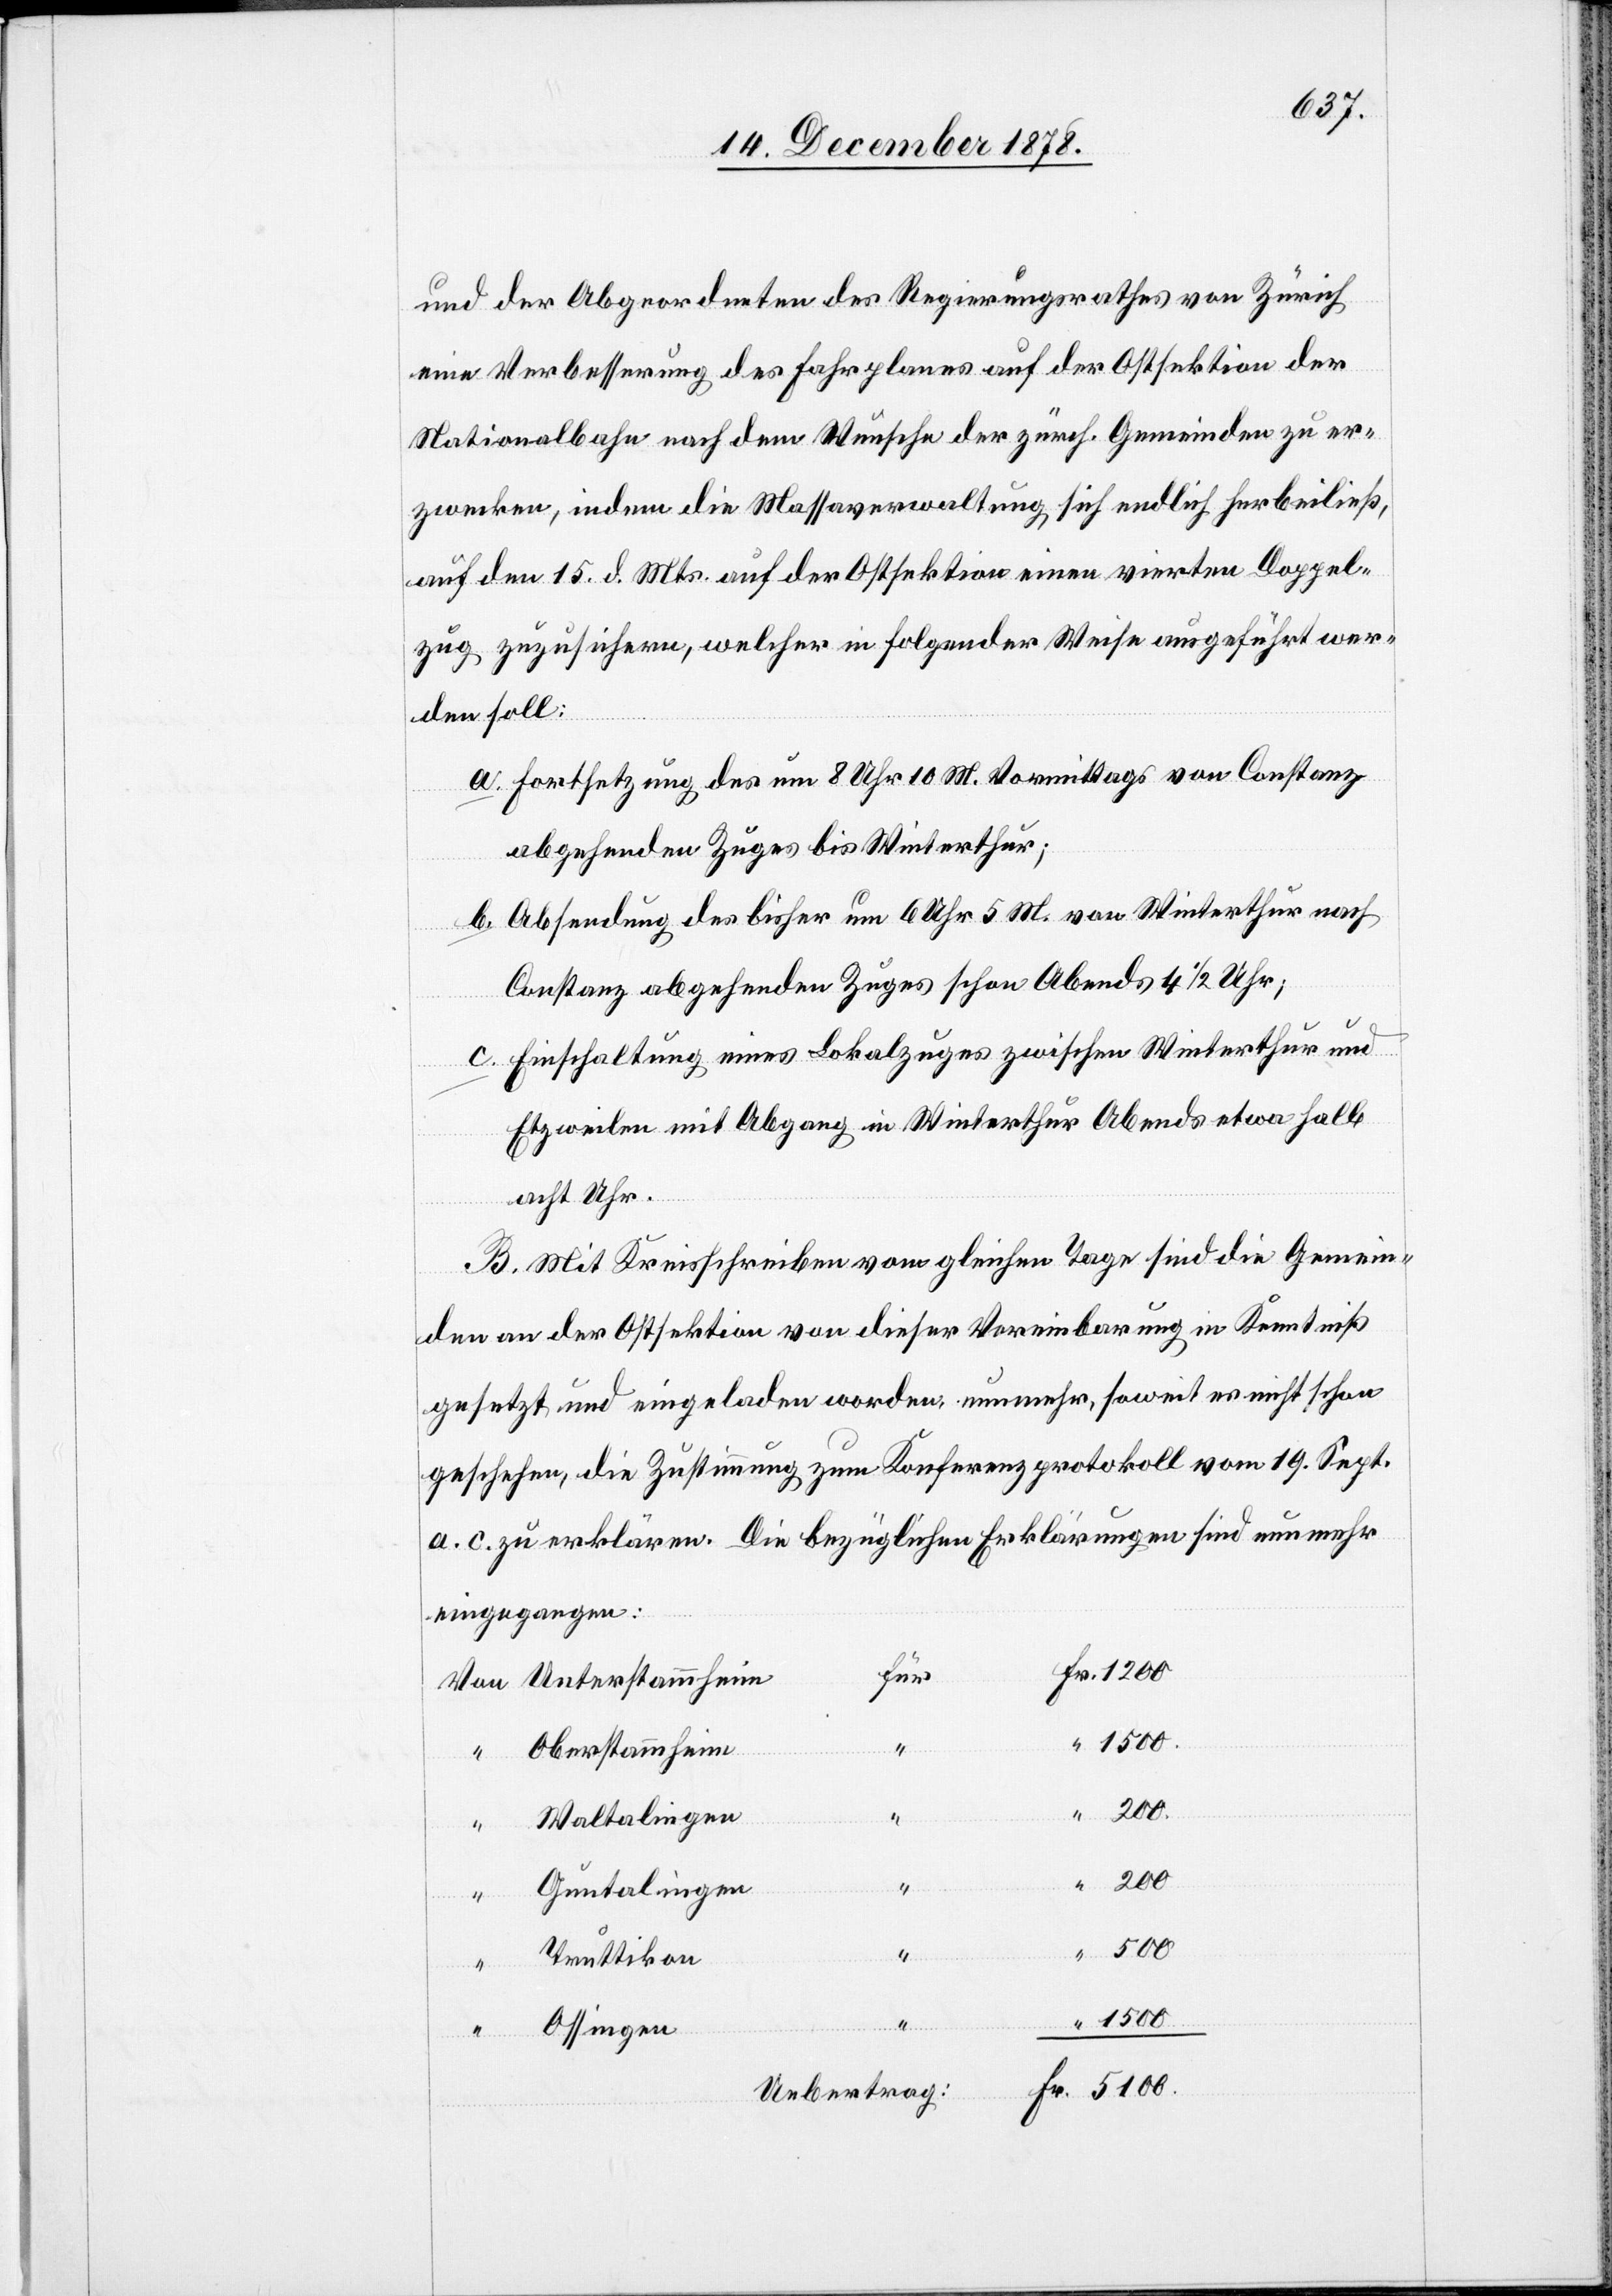
Von

und der Abgeordneten des Regierungsrathes von Zürich
eine Verbesserung des Fahrplanes auf der Ostsektion der
Nationalbahn nach dem Wunsche der zürch. Gemeinden zu er¬
zwecken, indem die Massaverwaltung sich endlich herbeiließ,
auf dem 15. d. Mts. auf der Ostsektion einen vierten Doppel¬
zug zuzusichern, welcher in folgender Weise ausgeführt wer¬
den soll:
Fortsetzung des um 8 Uhr 10 M. Vormittags von Constanz
abgehenden Zuges bis Winterthur;
Absendung des bisher um 6 Uhr 5 M. von Winterthur nach
Constanz abgehenden Zuges schon Abends 4 1/2 Uhr;
Einschaltung eines Lokalzuges zwischen Winterthur und
Etzweilen mit Abgang in Winterthur Abends etwa halb
acht Uhr.
B. Mit Kreisschreiben vom gleichen Tage sind die Gemein¬
den an der Ostsektion von dieser Vereinbarung in Kenntniß
gesetzt und eingeladen worden, nunmehr, soweit es nicht schon
geschehen, die Zustimmung zum Konferenzprotokoll vom 19. Sept.
a. c. zu erklären. Die bezüglichen Erklärungen sind nunmehr
eingegangen:
für
Unterstammheim
1500.
Oberstammheim
1200.
Waltalingen
Fr.
5100.
“
Guntalingen
“
“
Truttikon
“
“
Ossingen
Uebertrag: